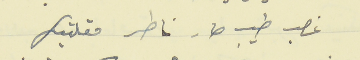
غصب طيب صار ناطر مقلتيك